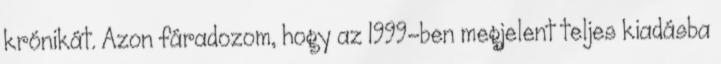
krónikát. Azon fáradozom, hogy az 1999-ben megjelent teljes kiadásba